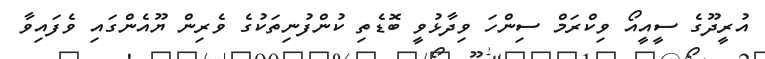
އުރީދޫގެ ސީއީއޯ ވިކްރަމް ސިންހަ ވިދާޅުވީ ބޮޑެތި ކުންފުނިތަކުގެ ވެރިން ޔޫއެންގައި ވެފައިވާ